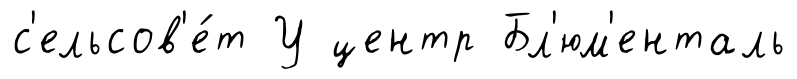
с'ельсов'е́т У центр Бл'юм'енталь